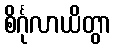
စိင်္ဂုလာယိတွာ